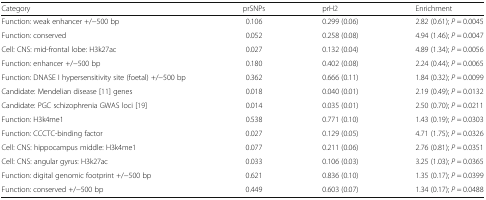
<table><thead><tr><td><b>Category</b></td><td><b>prSNPs</b></td><td><b>prH2</b></td><td><b>Enrichment</b></td></tr></thead><tbody><tr><td>Function: weak enhancer +/−500 bp</td><td>0.106</td><td>0.299 (0.06)</td><td>2.82 (0.61); <i>P</i> = 0.0045</td></tr><tr><td>Function: conserved</td><td>0.052</td><td>0.258 (0.08)</td><td>4.94 (1.46); <i>P</i> = 0.0047</td></tr><tr><td>Cell: CNS: mid-frontal lobe: H3k27ac</td><td>0.027</td><td>0.132 (0.04)</td><td>4.89 (1.34); <i>P</i> = 0.0056</td></tr><tr><td>Function: enhancer +/−500 bp</td><td>0.180</td><td>0.402 (0.08)</td><td>2.24 (0.44); <i>P</i> = 0.0065</td></tr><tr><td>Function: DNASE I hypersensitivity site (foetal) +/−500 bp</td><td>0.362</td><td>0.666 (0.11)</td><td>1.84 (0.32); <i>P</i> = 0.0099</td></tr><tr><td>Candidate: Mendelian disease [11] genes</td><td>0.018</td><td>0.040 (0.01)</td><td>2.19 (0.49); <i>P</i> = 0.0132</td></tr><tr><td>Candidate: PGC schizophrenia GWAS loci [19]</td><td>0.014</td><td>0.035 (0.01)</td><td>2.50 (0.70); <i>P</i> = 0.0211</td></tr><tr><td>Function: H3k4me1</td><td>0.538</td><td>0.771 (0.10)</td><td>1.43 (0.19); <i>P</i> = 0.0303</td></tr><tr><td>Function: CCCTC-binding factor</td><td>0.027</td><td>0.129 (0.05)</td><td>4.71 (1.75); <i>P</i> = 0.0326</td></tr><tr><td>Cell: CNS: hippocampus middle: H3k4me1</td><td>0.077</td><td>0.211 (0.06)</td><td>2.76 (0.81); <i>P</i> = 0.0351</td></tr><tr><td>Cell: CNS: angular gyrus: H3k27ac</td><td>0.033</td><td>0.106 (0.03)</td><td>3.25 (1.03); <i>P</i> = 0.0365</td></tr><tr><td>Function: digital genomic footprint +/−500 bp</td><td>0.621</td><td>0.836 (0.10)</td><td>1.35 (0.17); <i>P</i> = 0.0399</td></tr><tr><td>Function: conserved +/−500 bp</td><td>0.449</td><td>0.603 (0.07)</td><td>1.34 (0.17); <i>P</i> = 0.0488</td></tr></tbody></table>